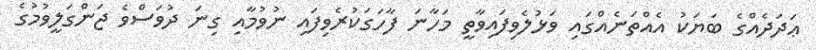
ޢަދަދެއްގެ ބަޔަކު އެއްތަނެއްގައި ވަޅުލެވިފައިވާތީ މަހާނަ ފާހަގަކުރެވިފައި ނުވުމާއި ގިނަ ދުވަސްވެ ޖަންގަލީވުމުގެ